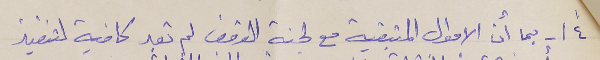
٤"\ -  بما أن الاموال المتبقية مع لجنة الوقف لم تعد كافية لتنفيذ